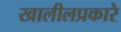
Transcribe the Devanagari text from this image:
खालीलप्रकारे